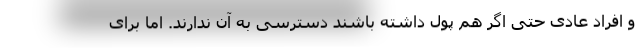
و افراد عادی حتی اگر هم پول داشته باشند دسترسی به آن ندارند. اما برای